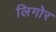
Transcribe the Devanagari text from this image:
लिगोर